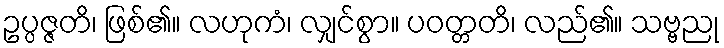
ဥပ္ပဇ္ဇတိ၊ ဖြစ်၏။ လဟုကံ၊ လျှင်စွာ။ ပဝတ္တတိ၊ လည်၏။ သဗ္ဗညု